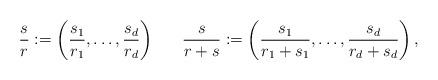
LaTeX: \begin{align*}\frac{s}{r} := \left( \frac{s_1}{r_1}, \ldots, \frac{s_d}{r_d} \right) ~~ ~~~\frac{s}{r+s} := \left( \frac{s_1}{r_1 + s_1}, \ldots, \frac{s_d}{r_d + s_d} \right),\end{align*}